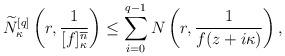
LaTeX: \begin{align*} \widetilde N^{[q]}_\kappa\left(r,\frac{1}{[f]_\kappa^{\overline{n}}}\right) \leq \sum_{i=0}^{q-1} N\left(r,\frac{1}{f(z+i\kappa)}\right), \end{align*}